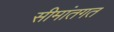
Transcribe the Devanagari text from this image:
सीमांतगत